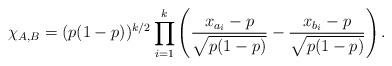
LaTeX: \begin{align*} \chi_{A,B} = (p(1-p))^{k/2} \prod_{i=1}^k \left(\frac{x_{a_i} - p}{\sqrt{p(1-p)}} - \frac{x_{b_i} - p}{\sqrt{p(1-p)}}\right).\end{align*}